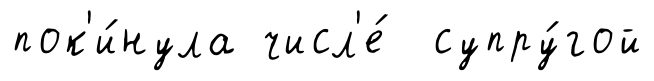
пок'и́нула числ'е́ супру́гой